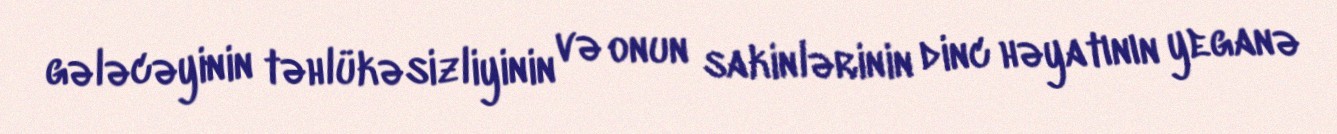
gələcəyinin təhlükəsizliyinin və onun sakinlərinin dinc həyatının yeganə